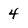
Character: 4